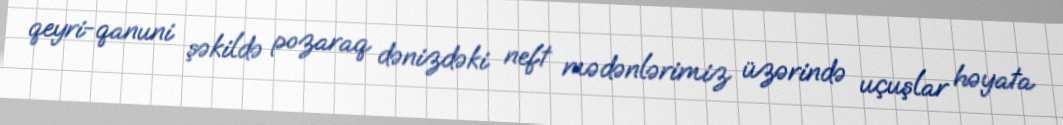
qeyri-qanuni şəkildə pozaraq dənizdəki neft mədənlərimiz üzərində uçuşlar həyata